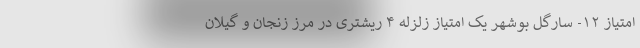
امتیاز ١٢- سارگل بوشهر یک امتیاز زلزله ۴ ریشتری در مرز زنجان و گیلان